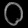
Digit: ၀